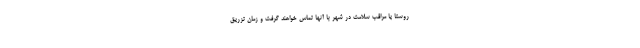
روستا یا مراقب سلامت در شهر با آنها تماس خواهند گرفت و زمان تزریق